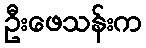
ဦးဖေသန်းက